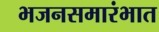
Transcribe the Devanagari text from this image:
भजनसमारंभात